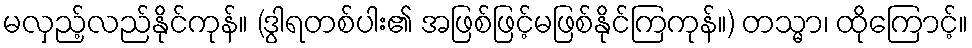
မလှည့်လည်နိုင်ကုန်။ (ဒွါရတစ်ပါး၏ အဖြစ်ဖြင့်မဖြစ်နိုင်ကြကုန်။) တသ္မာ၊ ထိုကြောင့်။